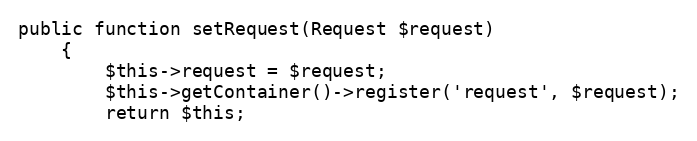
Language: PHP
public function setRequest(Request $request)
    {
        $this->request = $request;
        $this->getContainer()->register('request', $request);
        return $this;